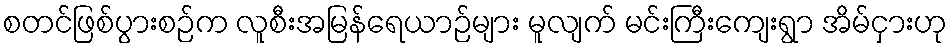
စတင်ဖြစ်ပွားစဉ်က လူစီးအမြန်ရေယာဉ်များ မူလျက် မင်းကြီးကျေးရွာ အိမ်ငှားဟု